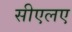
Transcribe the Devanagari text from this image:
सीएलए